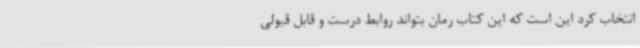
انتخاب کرد این است که این کتاب رمان بتواند روابط درست و قابل قبولی